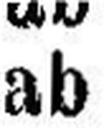
ab